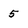
Character: 5